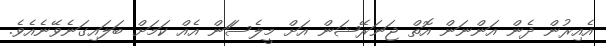
އެއިރުން ދެން އަންނަން އޮތް ޖަނަރޭޝަން އަށް މީލެސަަން އެއް ކަމަށް ބަލައިގަނެވޭނެއެވެ.